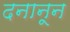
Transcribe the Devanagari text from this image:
दनानून